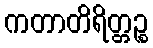
ကတာတိရိတ္တဉ္စ